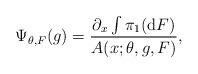
LaTeX: \begin{align*} \Psi_{\theta,F}(g) =\frac{\partial_x \int \pi_1(\mathrm{d}F)}{A(x;\theta,g,F)},\end{align*}